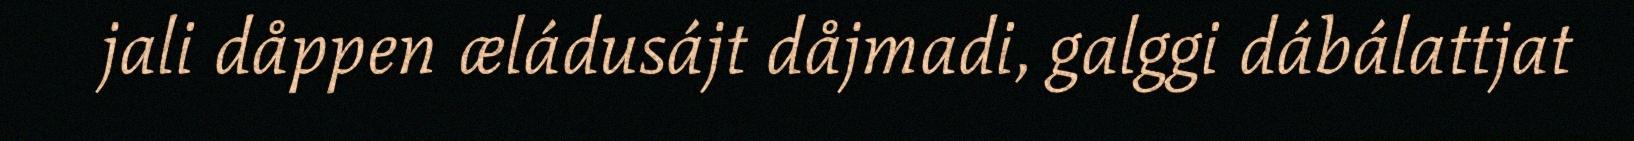
jali dåppen æládusájt dåjmadi, galggi dábálattjat